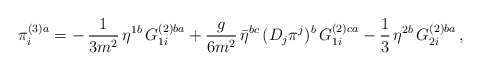
\begin{align*}\pi_i^{(3)a}=-\,\frac{1}{3m^2}\,\eta^{1b}\,G_{1i}^{(2)ba}+\frac{g}{6m^2}\,\bar\eta^{bc}\,(D_j\pi^j)^b\,G_{1i}^{(2)ca}-\frac{1}{3}\,\eta^{2b}\,G_{2i}^{(2)ba}\,,\end{align*}